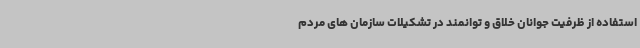
استفاده از ظرفیت جوانان خلاق و توانمند در تشکیلات سازمان های مردم